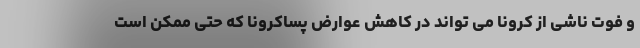
و فوت ناشی از کرونا می تواند در کاهش عوارض پساکرونا که حتی ممکن است